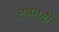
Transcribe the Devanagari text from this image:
टप्पणी